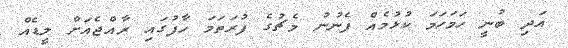
އަދި ބުނީ ހަމަހަމަ ކުޅުމެއް ފެނުނު މެޗުގެ ފުރަތަމަ ހާފުގައި ރާއްޖެއަށް ލީޑެއް